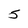
Character: S